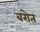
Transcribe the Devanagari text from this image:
बरोत